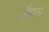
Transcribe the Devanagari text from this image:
जैमस